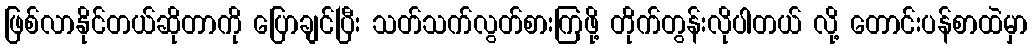
ဖြစ်လာနိုင်တယ်ဆိုတာကို ပြောချင်ပြီး သတ်သက်လွတ်စားကြဖို့ တိုက်တွန်းလိုပါတယ် လို့ တောင်းပန်စာထဲမှာ